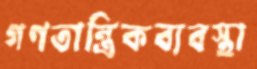
গণতান্ত্রিকব্যবস্থা